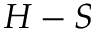
H - S